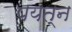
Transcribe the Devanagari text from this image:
पयत्न